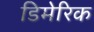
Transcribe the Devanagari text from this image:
डिमेरिक